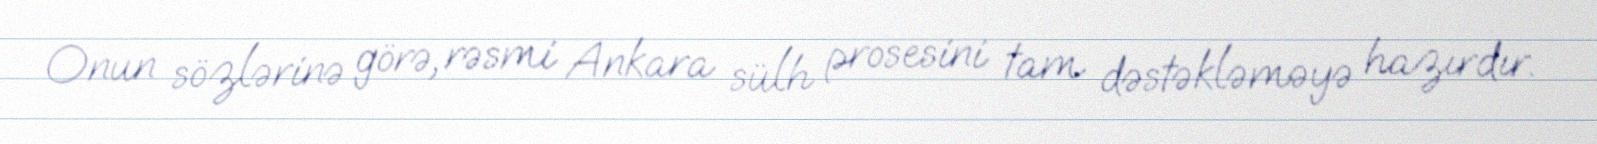
Onun sözlərinə görə, rəsmi Ankara sülh prosesini tam dəstəkləməyə hazırdır.